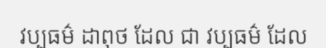
វប្បធម៌ ដាពុថ ដែល ជា វប្បធម៌ ដែល